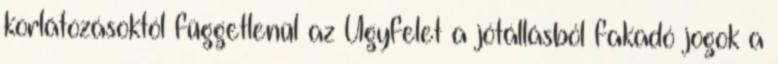
korlátozásoktól függetlenül az Ügyfelet a jótállásból fakadó jogok a